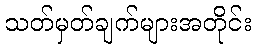
သတ်မှတ်ချက်များအတိုင်း